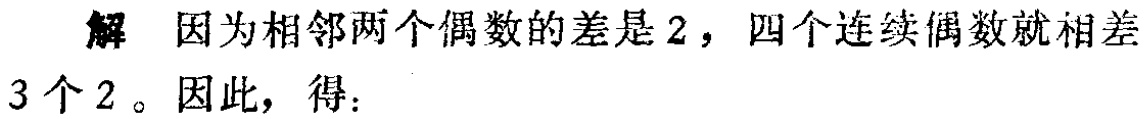
解 因为相邻两个偶数的差是$2$，四个连续偶数就相差$3$个$2$。因此，得：